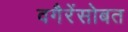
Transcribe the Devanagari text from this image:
वगैरेंसोबत